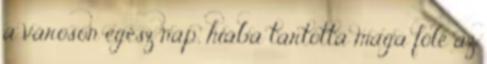
a városon egész nap, hiába tartotta maga fölé az